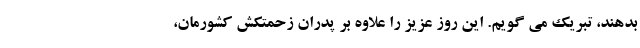
بدهند، تبریک‌ می گویم. این روز عزیز را علاوه بر پدران زحمتکش کشورمان،